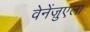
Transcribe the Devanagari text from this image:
वेनेंज़ुएला